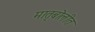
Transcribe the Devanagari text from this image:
मातृबोलीत